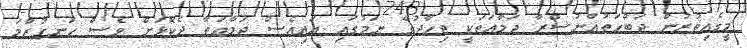
މީގެއިތުރުން ޖަބްހަތުއްނުސްރާ ޖަމާއަތަކީ ޖިހާދުގެ ނަމުގައި އައިއެސް ޖަމާއަތާ ދެކޮޅަށް ވެސް ހަނގުރާމަ